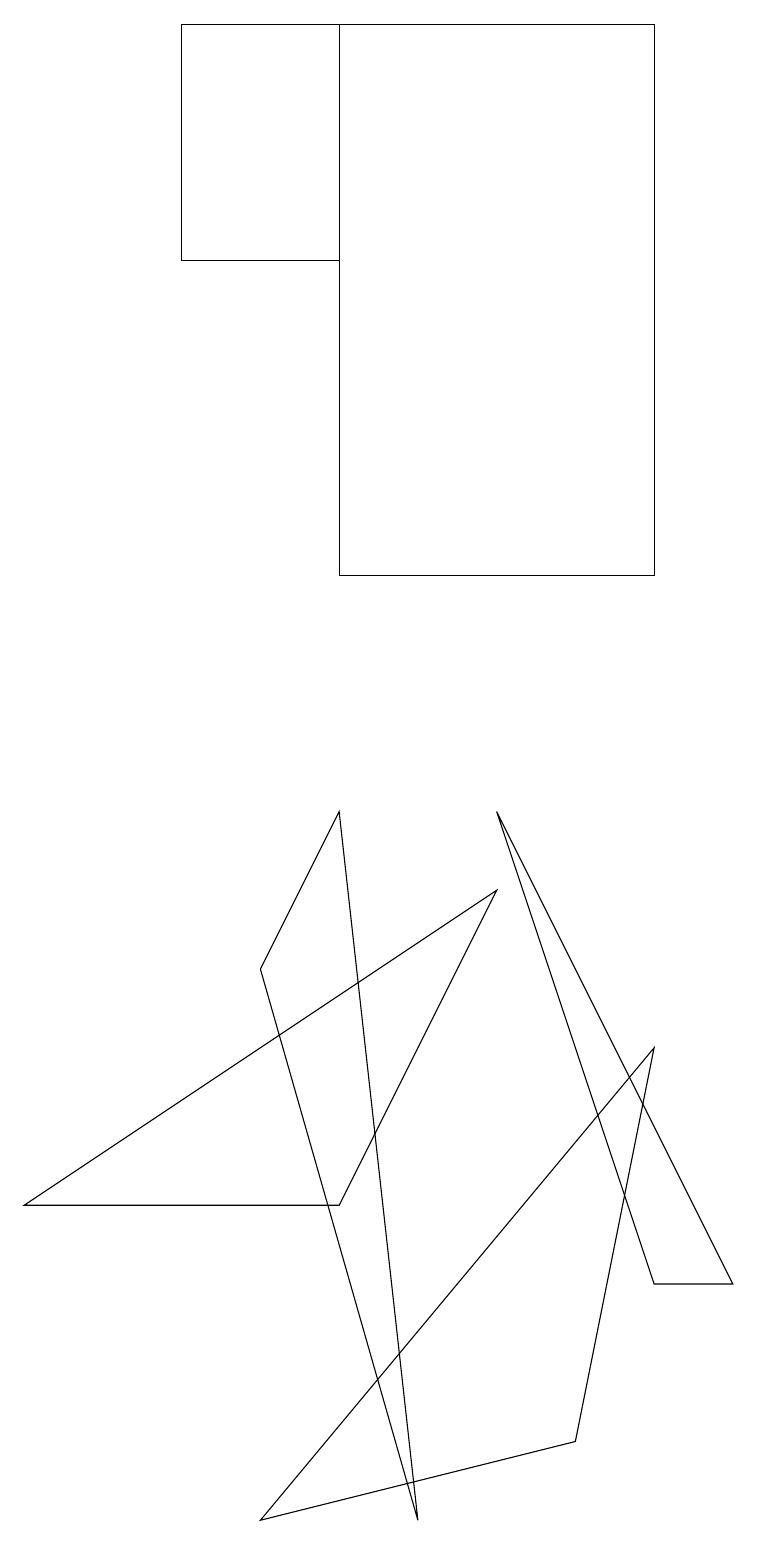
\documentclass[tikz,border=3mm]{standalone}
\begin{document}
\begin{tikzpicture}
\draw (4,4) -- (6,8) -- (0,4) -- cycle;
\draw (3,7) -- (4,9) -- (5,0) -- cycle;
\draw (8,6) -- (7,1) -- (3,0) -- cycle;
\draw (8,3) -- (6,9) -- (9,3) -- cycle;
\draw (8,19) rectangle (4,12);
\draw (2,16) rectangle (4,19);
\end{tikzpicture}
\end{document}